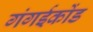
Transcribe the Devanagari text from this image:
गंगईकोंड